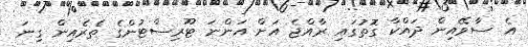
އެ ސާވޭއިން ދައްކާ ގޮތުގައި ރާއްޖެ އަށް އަންނަ ޓޫރިސްޓުންގެ ތެރެއިން ގިނަ